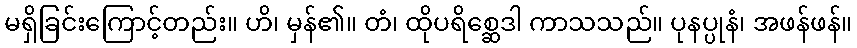
မရှိခြင်းကြောင့်တည်း။ ဟိ၊ မှန်၏။ တံ၊ ထိုပရိစ္ဆေဒါ ကာသသည်။ ပုနပ္ပုနံ၊ အဖန်ဖန်။